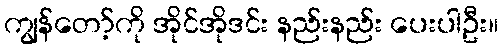
ကျွန်တော့်ကို အိုင်အိုဒင်း နည်းနည်း ပေးပါဦး။